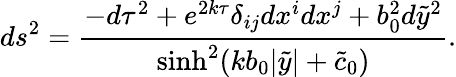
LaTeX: ds^{2}=\frac{-d\tau^{2}+e^{2k\tau}\delta_{ij}dx^{i}dx^{j}+b_{0}^{2}d{\tilde{y}}^{2}}{\sinh^{2}(kb_{0}|\tilde{y}|+\tilde{c}_{0})}.